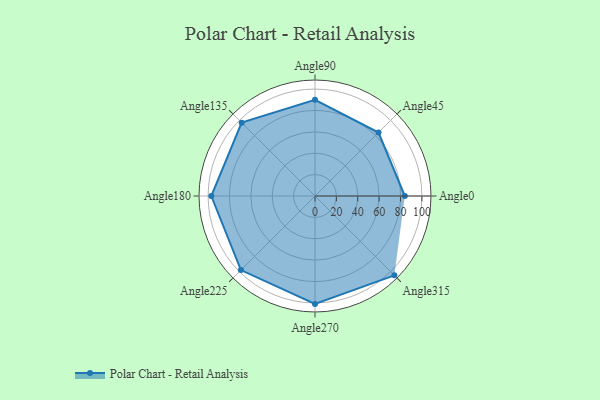
{"axis": {"x": "Angle", "y": "Radius"}, "legend": [""], "data": [{"x": "Angle0", "y": 84.0, "type": ""}, {"x": "Angle45", "y": 84.0, "type": ""}, {"x": "Angle90", "y": 90.0, "type": ""}, {"x": "Angle135", "y": 97.0, "type": ""}, {"x": "Angle180", "y": 97.0, "type": ""}, {"x": "Angle225", "y": 98.0, "type": ""}, {"x": "Angle270", "y": 101.0, "type": ""}, {"x": "Angle315", "y": 105.0, "type": ""}]}